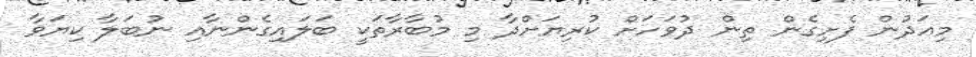
މިއަދުން ފެށިގެން ތިން ދުވަހަށް ކުރިޔަށްދާ މި މުބާރާތަކީ ބަލައިގެންނާއި ނުބަލާ ކިޔަވާ